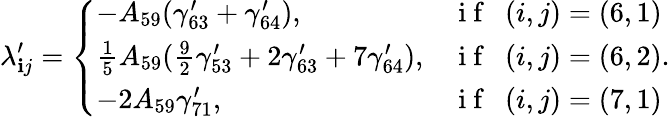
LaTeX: \lambda_{\mathbf{i}j}^{\prime}=\left\{ \begin{array}{ll}{-A_{59}(\gamma_{63}^{\prime}+\gamma_{64}^{\prime}),}&{\mathrm{~i~f~~~}(i,j)=(6,1)}\\ {\frac{1}{5}A_{59}(\frac{9}{2}\gamma_{53}^{\prime}+2\gamma_{63}^{\prime}+7\gamma_{64}^{\prime}),}&{\mathrm{~i~f~~~}(i,j)=(6,2)}\\ {-2A_{59}\gamma_{71}^{\prime},}&{\mathrm{~i~f~~~}(i,j)=(7,1)}\end{array}\right..